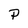
Character: P